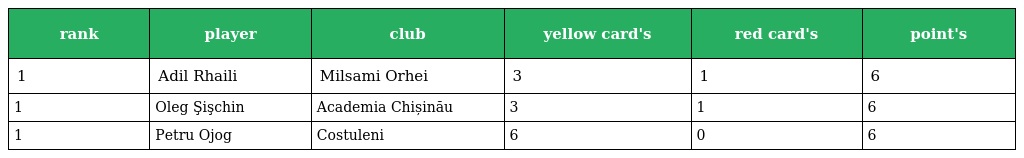
| rank | player | club | yellow card's | red card's | point's |
 | --- | --- | --- | --- | --- | --- |
 | 1 | Adil Rhaili | Milsami Orhei | 3 | 1 | 6 |
 | 1 | Oleg Şişchin | Academia Chișinău | 3 | 1 | 6 |
 | 1 | Petru Ojog | Costuleni | 6 | 0 | 6 |